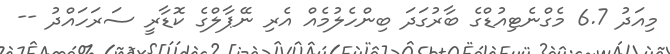
މިއަދު 6.7 މެގްނެޓިއުޑްގެ ބާރުގަދަ ބިންހެލުމެއް އެރި ނޭޕާލްގެ ކޮޑާރީ ސަރަހައްދު --